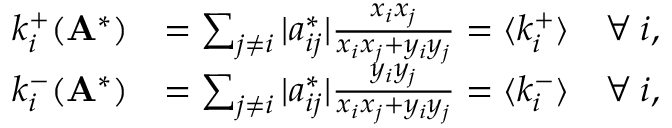
\begin{array} { r l } { k _ { i } ^ { + } ( \mathbf { A } ^ { * } ) } & { = \sum _ { j \neq i } | a _ { i j } ^ { * } | \frac { x _ { i } x _ { j } } { x _ { i } x _ { j } + y _ { i } y _ { j } } = \langle k _ { i } ^ { + } \rangle \quad \forall \: i , } \\ { k _ { i } ^ { - } ( \mathbf { A } ^ { * } ) } & { = \sum _ { j \neq i } | a _ { i j } ^ { * } | \frac { y _ { i } y _ { j } } { x _ { i } x _ { j } + y _ { i } y _ { j } } = \langle k _ { i } ^ { - } \rangle \quad \forall \: i , } \end{array}